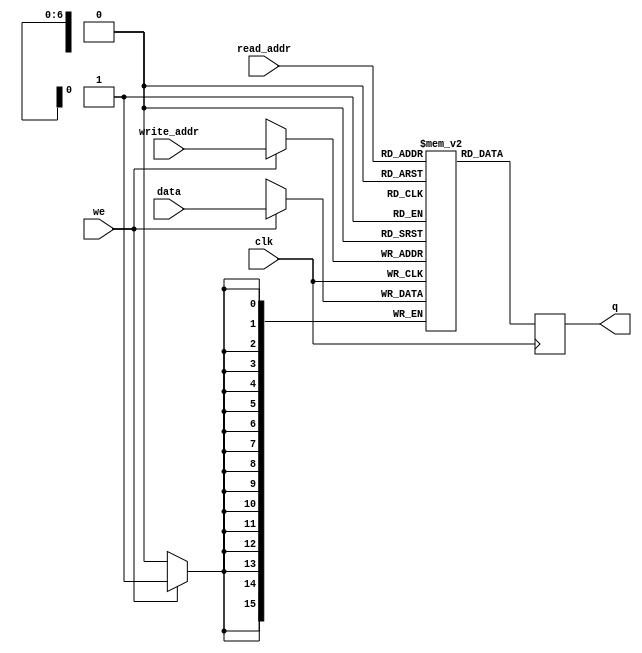
// Quartus Prime Verilog Template
// Simple Dual Port RAM with separate read/write addresses and
// single read/write clock

module DualPortRAM
#(parameter DATA_WIDTH=16, parameter ADDR_WIDTH=7)
(
    input signed[(DATA_WIDTH-1):0] data,
    input [(ADDR_WIDTH-1):0] read_addr, write_addr,
    input we, clk,
    output reg [(DATA_WIDTH-1):0] q
);

    // Declare the RAM variable
    reg signed[DATA_WIDTH-1:0] ram[2**ADDR_WIDTH-1:0];

    always @ (posedge clk)
    begin
        // Write
        if (we)
            ram[write_addr] <= data;

        // Read (if read_addr == write_addr, return OLD data).  To return
        // NEW data, use = (blocking write) rather than <= (non-blocking write)
        // in the write assignment.  NOTE: NEW data may require extra bypass
        // logic around the RAM.
        q <= ram[read_addr];
    end

endmodule